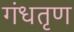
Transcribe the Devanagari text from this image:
गंधतृण